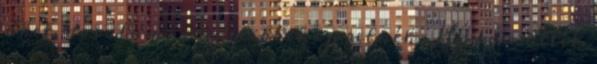
őket, de valami eredetibbet szeretnék . Ha van ötlet,